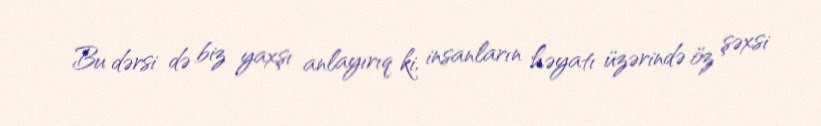
Bu dərsi də biz yaxşı anlayırıq ki, insanların həyatı üzərində öz şəxsi